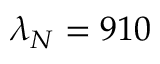
\lambda _ { N } = 9 1 0